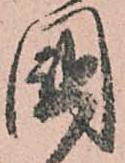
國